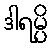
ဒါရမ္ပိ